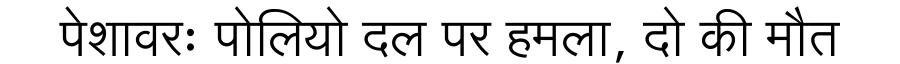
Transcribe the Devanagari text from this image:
पेशावरः पोलियो दल पर हमला, दो की मौत